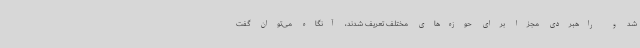
شد و راهبردی مجزا برای حوزه‌های مختلف تعریف شدند، آنگاه می‌توان گفت